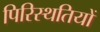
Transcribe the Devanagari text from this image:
पिरिस्थतियों